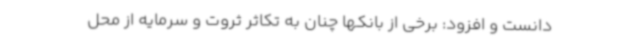
دانست و افزود: برخی از بانکها چنان به تکاثر ثروت و سرمایه از محل